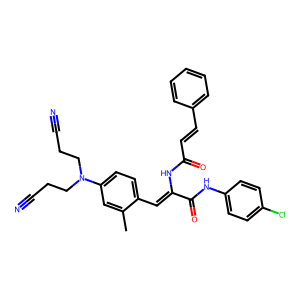
SMILES: Cc1cc(N(CCC#N)CCC#N)ccc1C=C(NC(=O)C=Cc1ccccc1)C(=O)Nc1ccc(Cl)cc1
Inhibits HIV replication: No